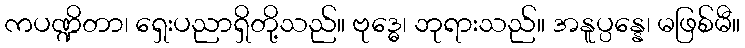
ကပဏ္ဍိတာ၊ ရှေးပညာရှိတို့သည်။ ဗုဒ္ဓေ၊ ဘုရားသည်။ အနူပ္ပန္နေ၊ မဖြစ်မီ။